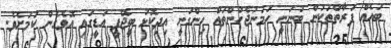
ބައެއް ފަރާތްތަކުން ބުނަނީ ހަމަނުޖެހުންތައް ހިންގަނީ އިދިކޮޅު ބީޖޭޕީ އަޑީގައި އޮވެގެން ކަމަށެވެ.